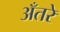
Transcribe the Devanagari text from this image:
अँतरे